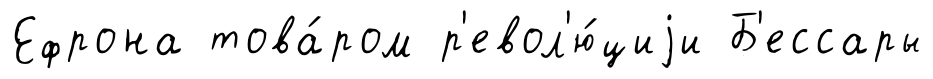
Ефрона това́ром р'евол'ю́циjи Б'ессары